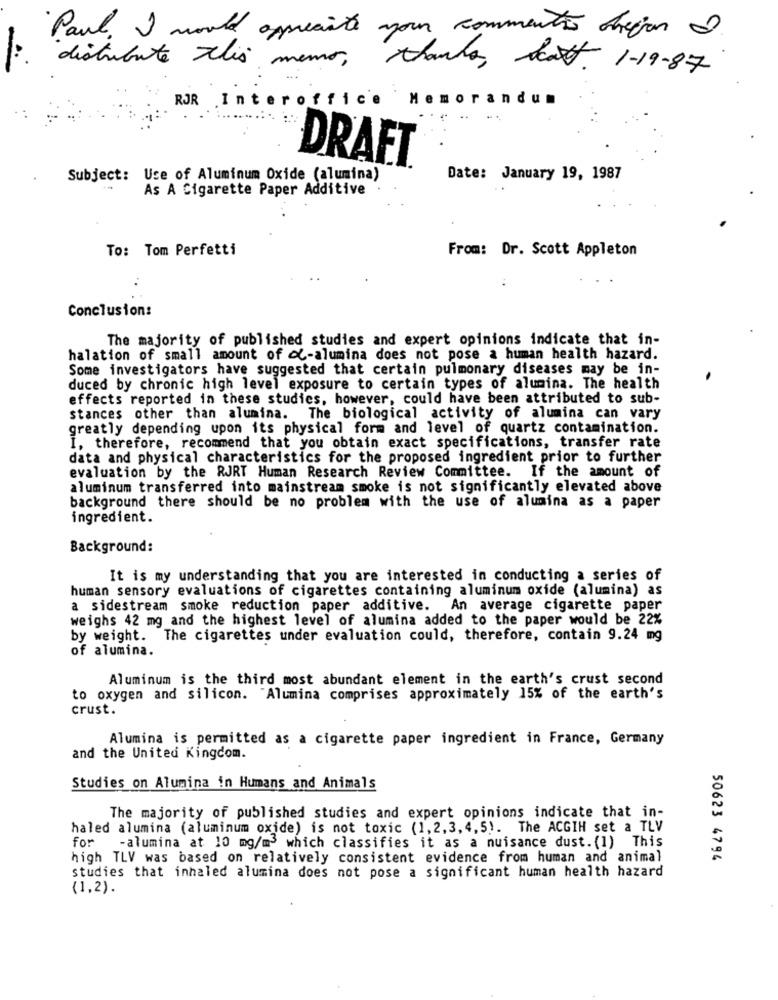
Paul. I would appreciate
your commenton chegar 2
distribute this memo,
thanks, east. 1-19-87
Memorandum
ROR Inte
roffice
DRAFT
Subject: Use of Aluminum Oxide (alumina)
Date: January 19, 1987
As A Cigarette Paper Additive
To: Tom Perfetti
From: Dr. Scott Appleton
Conclusion:
The majority of published studies and expert opinions indicate that in-
halation of small amount of ol-alumina does not pose a human health hazard.
Some investigators have suggested that certain pulmonary diseases may be in-
duced by chronic high level exposure to certain types of alumina. The health
effects reported in these studies, however, could have been attributed to sub-
stances other than alumina. The biological activity of alumina can vary
greatly depending upon its physical form and level of quartz contamination.
I. therefore, recommend that you obtain exact specifications, transfer rate
data and physical characteristics for the proposed ingredient prior to further
evaluation by the RJRT Human Research Review Committee. If the amount of
aluminum transferred into mainstream smoke is not significantly elevated above
background there should be no problem with the use of alumina as a paper
ingredient.
Background:
It is my understanding that you are interested in conducting a series of
human sensory evaluations of cigarettes containing aluminum oxide (alumina) as
a sidestream smoke reduction paper additive. An average cigarette paper
weighs 42 mg and the highest level of alumina added to the paper would be 22%
by weight. The cigarettes under evaluation could, therefore, contain 9.24 mg
of alumina.
Aluminum is the third most abundant element in the earth's crust second
to oxygen and silicon. "Alumina comprises approximately 15% of the earth's
crust.
Alumina is permitted as a cigarette paper ingredient in France, Germany
and the United Kingdom.
Studies on Alumina in Humans and Animals
The majority of published studies and expert opinions indicate that in-
haled alumina (aluminum oxide) is not toxic (1,2,3,4,5). The ACGIH set a TLV
for
-alumina at 10 mg/m3 which classifies it as a nuisance dust. (1) This
high TLV was based on relatively consistent evidence from human and animal
50623 4794
studies that inhaled alumina does not pose a significant human health hazard
(1,2).